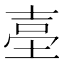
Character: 𡌬